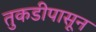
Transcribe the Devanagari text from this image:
तुकडीपासून